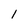
Character: l